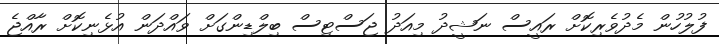
ފުލުހުން މެދުވެރިކޮށް ރައީސް ނަޝީދު މިއަދު ޖަސްޓިސް ބިލްޑިންގަށް ވައްދަން އުޅެނިކޮށް ރާއްޖެ